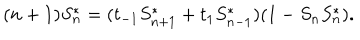
( n + 1 ) S _ { n } ^ { * } = ( t _ { - 1 } S _ { n + 1 } ^ { * } + t _ { 1 } S _ { n - 1 } ^ { * } ) ( 1 - S _ { n } S _ { n } ^ { * } ) .